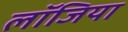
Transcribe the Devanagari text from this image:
लॉजिया